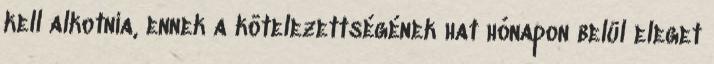
kell alkotnia, ennek a kötelezettségének hat hónapon belül eleget